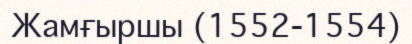
Жамғыршы (1552-1554)